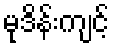
မုဒိန်းကျင့်